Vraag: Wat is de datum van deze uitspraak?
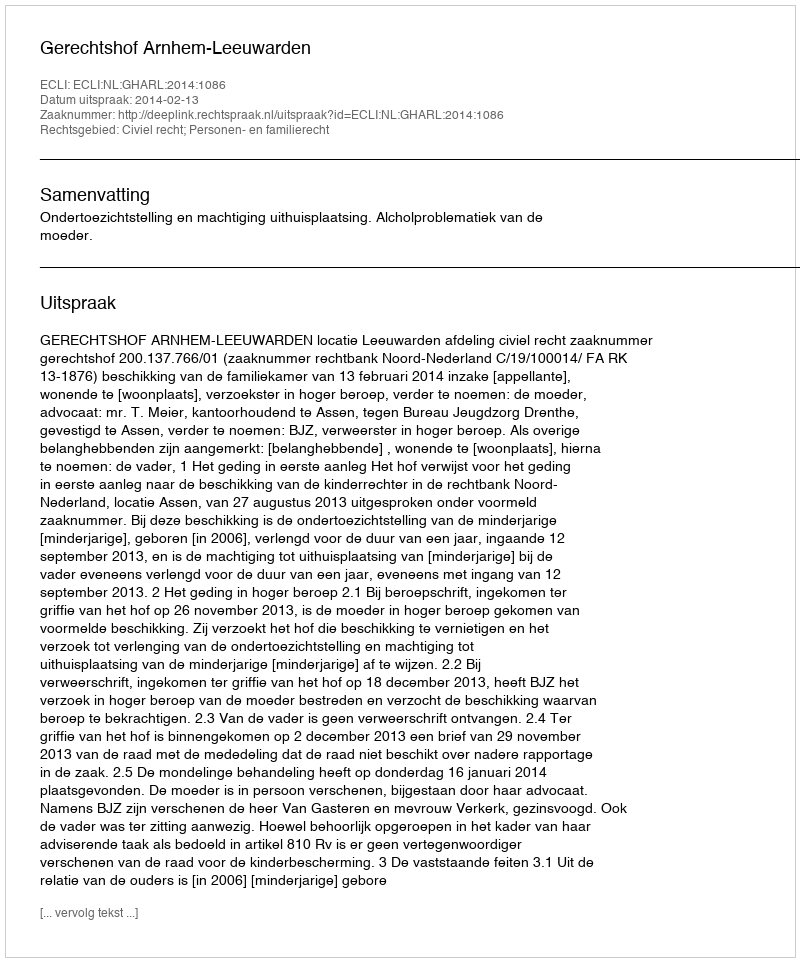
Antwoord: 2014-02-13